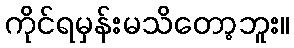
ကိုင်ရမှန်းမသိတော့ဘူး။